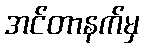
အင်တာနက်မှ